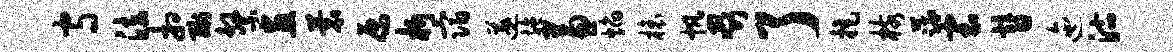
守法相酬系画蓑原析宿遂施兼焰榱帆啜了拒核蔬寰替迤沽